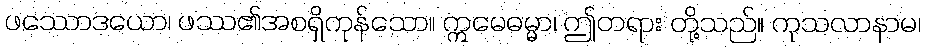
ဖဿောဒယော၊ ဖဿ၏အစရှိကုန်သော။ ဣမေဓမ္မာ၊ ဤတရား တို့သည်။ ကုသလာနာမ၊